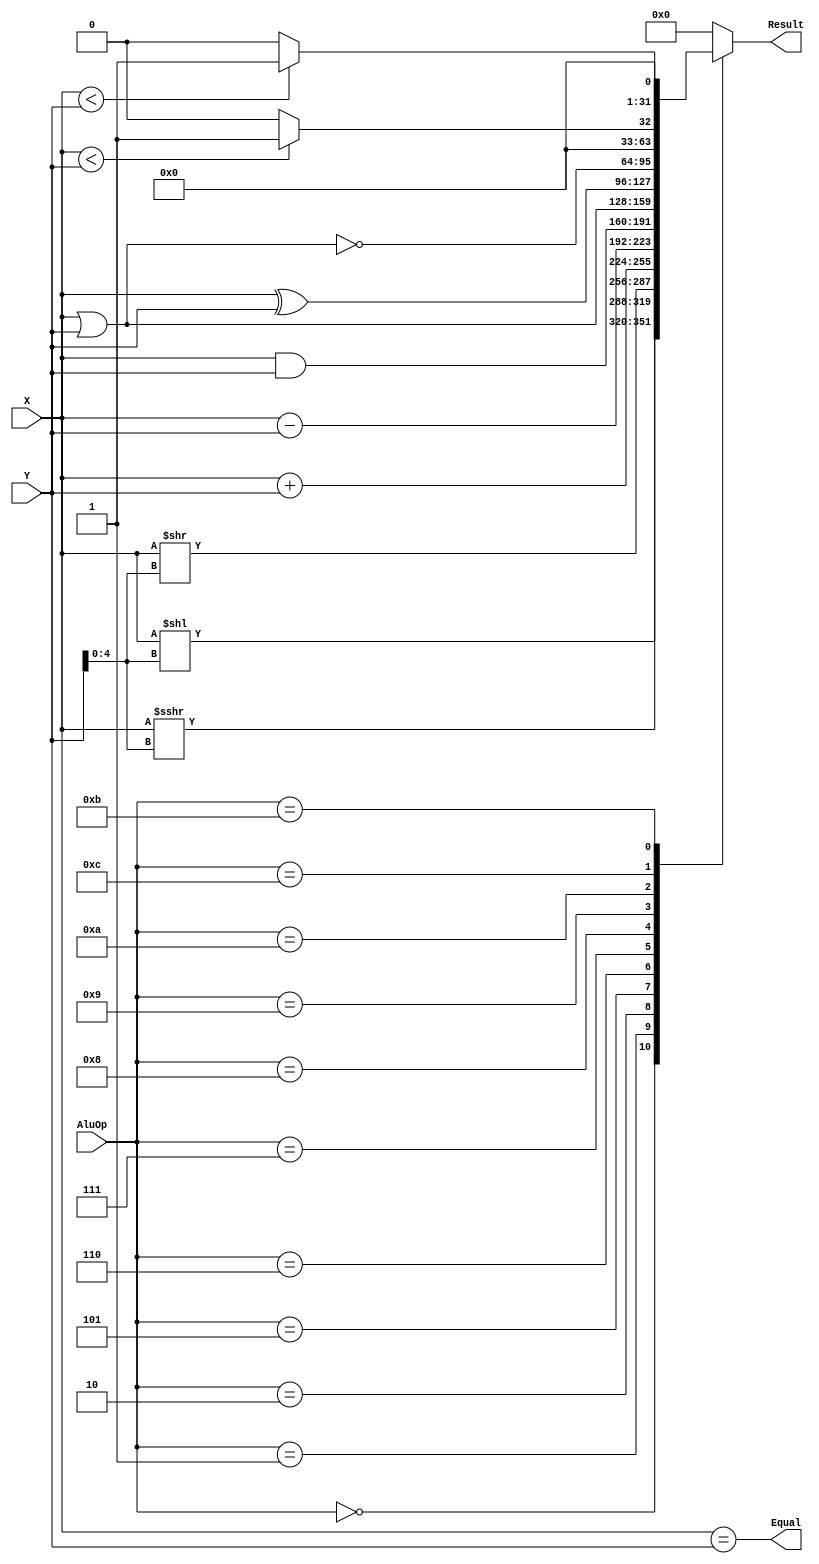
`timescale 1ns / 1ps
//////////////////////////////////////////////////////////////////////////////////
// Company: 
// Engineer: 
// 
// Design Name: 
// Module Name: ALU
// Project Name: 
// Target Devices: 
// Tool Versions: 
// Description: 
// 
// Dependencies: 
// 
// Revision:
// Revision 0.01 - File Created
// Additional Comments:
// 
//////////////////////////////////////////////////////////////////////////////////

module ALU(
input [3:0] AluOp,
input [31:0] X, Y,
output reg [31:0] Result,
output Equal);

wire [31:0] sub_ab;
wire [31:0] add_ab;
wire         slt;

assign Equal = (X == Y);

assign sub_ab = X - Y;
assign add_ab = X + Y;
/*rc_adder #(.N(32)) add0(.a(a), .b(b), .s(add_ab));*/
/*rc_adder #(.N(32)) add1(.a(a), .b(-b), .s(sub_ab));*/

always @(*) begin
case (AluOp)
    4'd0:  Result = X << (Y[4:0]);
    4'd1:  Result = ($signed(X)) >>> (Y[4:0]);
    4'd2:  Result = X >> (Y[4:0]);
    4'd5:  Result = add_ab;
    4'd6:  Result = sub_ab;
    4'd7:  Result = X & Y;
    4'd8:  Result = X | Y;
    4'd9:  Result = X ^ Y;
    4'd10:  Result = ~(X | Y);
    4'd12:  Result = (X < Y)?1:0;
    4'd11:  Result = ($signed(X) < $signed(Y))?1:0;
    default: Result = 0;
endcase
end
endmodule